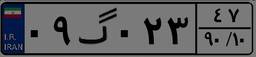
۰۹گ۰۲۳۴۷